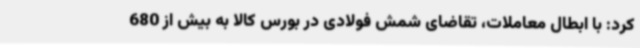
کرد: با ابطال معاملات، تقاضای شمش فولادی در بورس کالا به بیش از 680